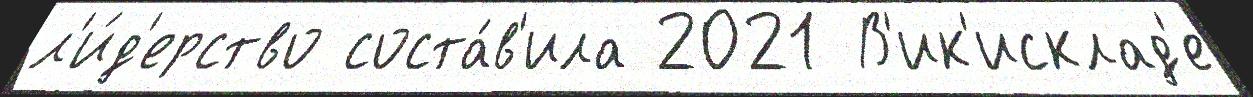
л'и́д'ерство соста́в'ила 2021 В'ик'исклад'е